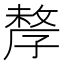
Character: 孷